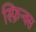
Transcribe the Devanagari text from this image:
स्फ़िन्क्स